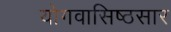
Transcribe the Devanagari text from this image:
योगवासिष्ठसार